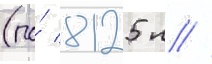
(по́ 8125 л //